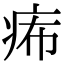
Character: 𤵗